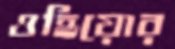
ওহিয়োর